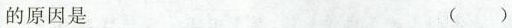
的原因是 ( )